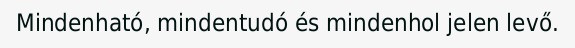
Mindenható, mindentudó és mindenhol jelen levő.